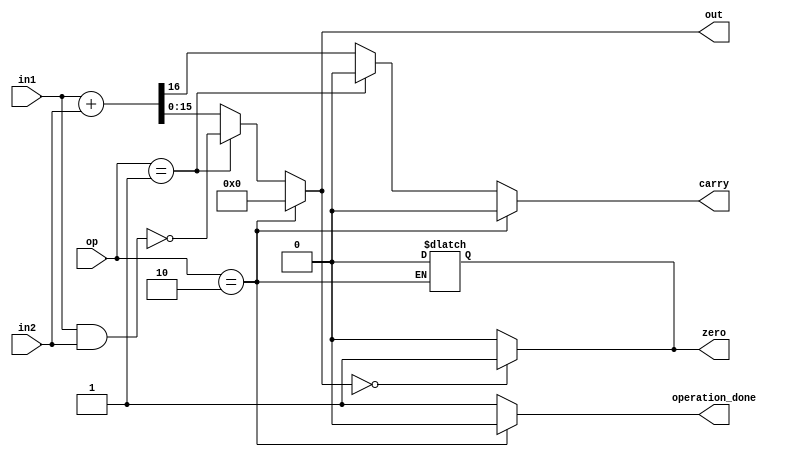
/* op = 00 alu adds, 01 - alu nand, 10- disabled-  no operation */

module ALU(in1, in2, op, out, zero, carry, operation_done); 
	
	output reg [15:0] out;
	output reg zero, carry, operation_done;
	
	input  [15:0] in1, in2;
	input [1:0] op;
	
	wire   [15:0]  outNand;
	wire [16:0] outAdd;
	
	
	initial begin 
	  zero = 0;
	  carry = 0;
	  out = 16'b0;
	  operation_done = 0;
	end
	
	assign outNand = ~(in1 & in2);
	
	assign outAdd = {1'b0,in1} + {1'b0, in2};
	
	always @(*) begin
	 if(op == 2'b10) begin 
        carry = 0;
		zero = 0;
		out = 16'b0;
		operation_done = 0;
	 end
	 else begin	
	   carry = (op == 2'b01) ? 1'b0 : outAdd[16];
	   out = (op == 2'b01) ? outNand : outAdd[15:0];
	   operation_done = 1;
	  end 
	end
	
	always @(*) begin 
	   zero = (out == 16'b0) ? 1'b1 : 1'b0; // not including the operation_done part here, anyway not planning to write the output if no operation
											// if needed add later.
	   
	end
	
	
endmodule